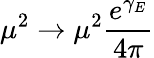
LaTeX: \mu^{2}\to\mu^{2}\frac{e^{\gamma_{E}}}{4\pi}